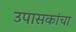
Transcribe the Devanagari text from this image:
उपासकांचा